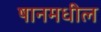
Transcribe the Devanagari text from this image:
षानमधील